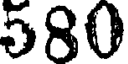
580